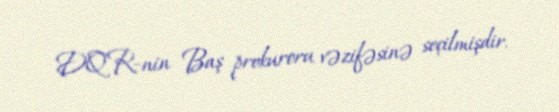
DQR-nin Baş prokuroru vəzifəsinə seçilmişdir.